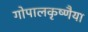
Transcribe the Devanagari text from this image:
गोपालकृष्णैया